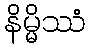
နိမ္မိဿံ